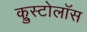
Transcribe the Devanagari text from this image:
क्रुस्टोलॉस